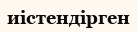
иістендірген